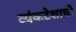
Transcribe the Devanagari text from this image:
व्यंकटेशाची